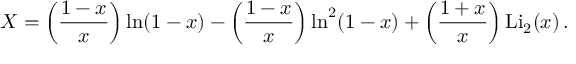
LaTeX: X = \left( \frac { 1 - x } { x } \right) \ln ( 1 - x ) - \left( \frac { 1 - x } { x } \right) \ln ^ { 2 } ( 1 - x ) + \left( \frac { 1 + x } { x } \right) \mathrm { L i _ { 2 } } ( x ) \, .